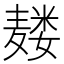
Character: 𱋡